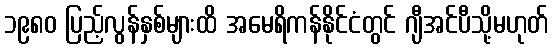
၁၉၈၀ ပြည့်လွန်နှစ်များထိ အမေရိကန်နိုင်ငံတွင် ဂျီအင်ပီသို့မဟုတ်